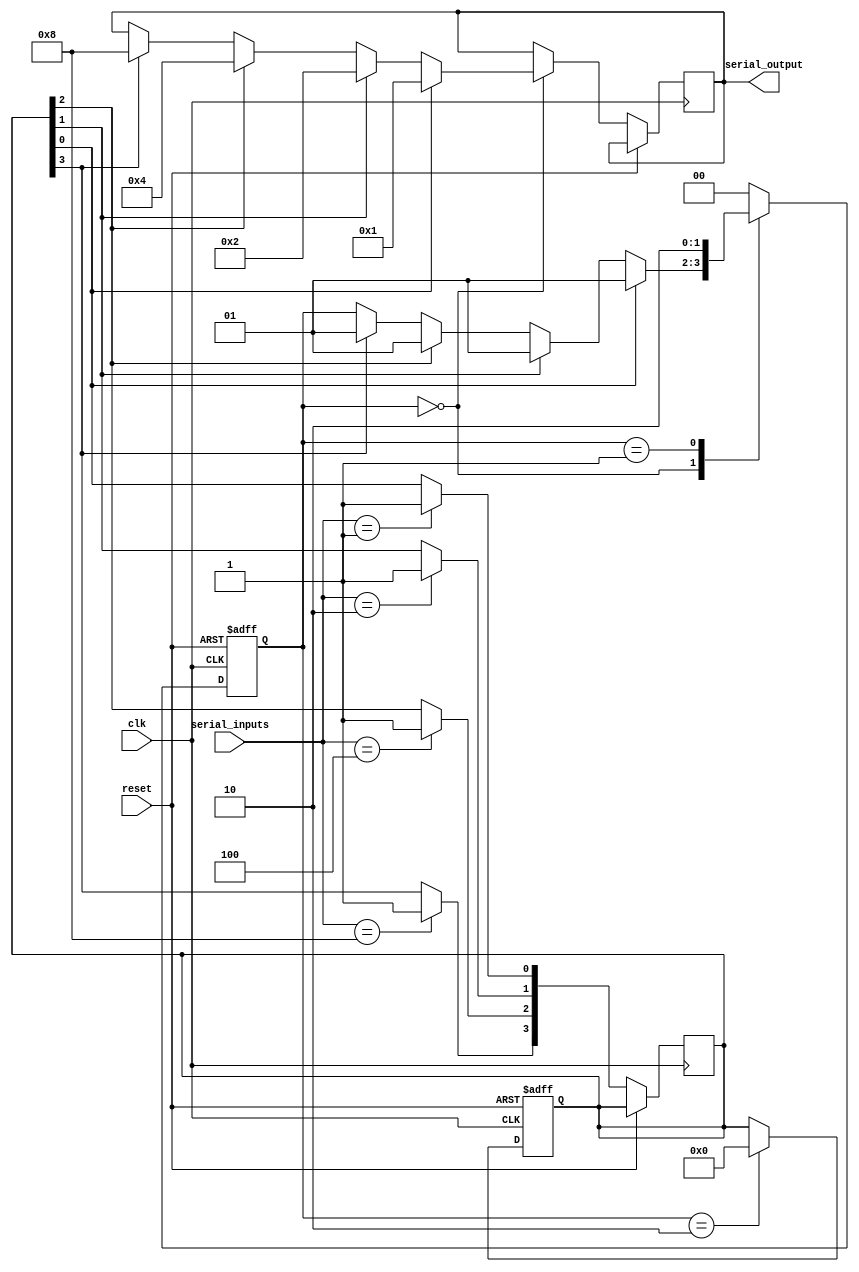
module serial_arbiter (
    input wire clk,
    input wire reset,
    input wire [3:0] serial_inputs,
    output reg [3:0] serial_output
);

reg [3:0] priority_queue;
reg [1:0] arbiter_state;

always @(posedge clk or posedge reset) begin
    if (reset) begin
        arbiter_state <= 2'b00;
        priority_queue <= 4'b0000;
    end else begin
        case (arbiter_state)
            2'b00: begin
                if (priority_queue[0] == 1'b1) begin
                    serial_output <= 4'b0001;
                    arbiter_state <= 2'b01;
                end
                else if (priority_queue[1] == 1'b1) begin
                    serial_output <= 4'b0010;
                    arbiter_state <= 2'b01;
                end
                else if (priority_queue[2] == 1'b1) begin
                    serial_output <= 4'b0100;
                    arbiter_state <= 2'b01;
                end
                else if (priority_queue[3] == 1'b1) begin
                    serial_output <= 4'b1000;
                    arbiter_state <= 2'b01;
                end
            end
            2'b01: begin
                arbiter_state <= 2'b10;
            end
            2'b10: begin
                arbiter_state <= 2'b00;
                priority_queue <= 4'b0000;
            end
            default: begin
                arbiter_state <= 2'b00;
            end
        endcase
    end
end

always @(posedge clk or posedge reset) begin
    if (reset) begin
        // do nothing
    end else begin
        case (serial_inputs)
            4'b0001: priority_queue[0] <= 1'b1;
            4'b0010: priority_queue[1] <= 1'b1;
            4'b0100: priority_queue[2] <= 1'b1;
            4'b1000: priority_queue[3] <= 1'b1;
            default: begin
                // do nothing
            end
        endcase
    end
end

endmodule